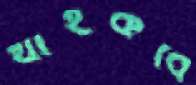
থাইকবে